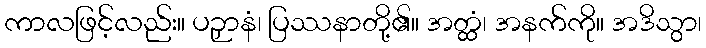
ကာလဖြင့်လည်း။ ပဉှာနံ၊ ပြဿနာတို့၏။ အတ္ထံ၊ အနက်ကို။ အဒိသွာ၊